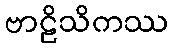
ဗာဠိသိကဿ